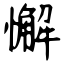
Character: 懈